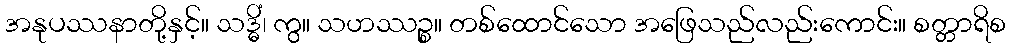
အနုပဿနာတို့နှင့်။ သဒ္ဓိံ၊ ကွ။ သဟဿဉ္စ။ တစ်ထောင်သော အဖြေသည်လည်းကောင်း။ စတ္တာရိစ